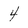
Character: 4